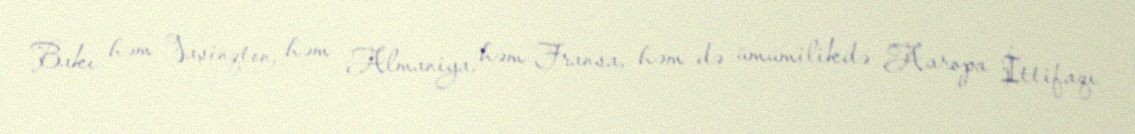
Bakı həm Vaşinqton, həm Almaniya, həm Fransa, həm də ümumilikdə Avropa İttifaqı